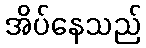
အိပ်နေသည်